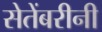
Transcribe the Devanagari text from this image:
सेतेंबरीनी